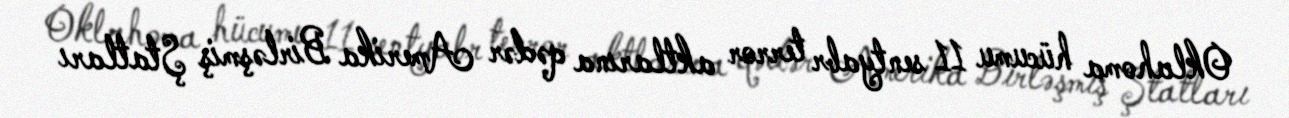
Oklahoma hücumu 11 sentyabr terror aktlarına qədər Amerika Birləşmiş Ştatları